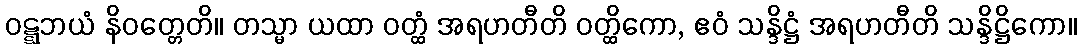
ဝဋ္ဋဘယံ နိဝတ္တေတိ။ တသ္မာ ယထာ ဝတ္ထံ အရဟတီတိ ဝတ္ထိကော, ဧဝံ သန္ဒိဋ္ဌံ အရဟတီတိ သန္ဒိဋ္ဌိကော။